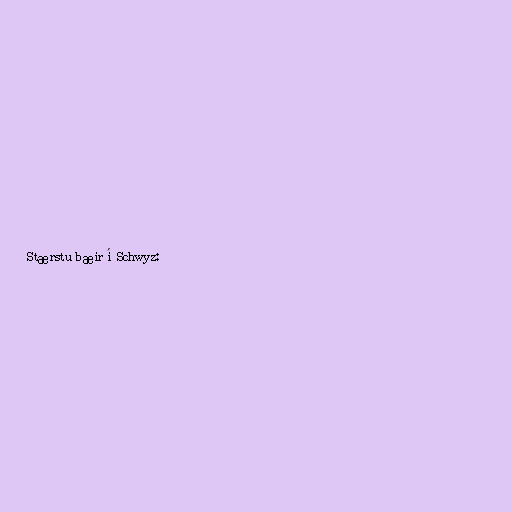
Stærstu bæir í Schwyz: